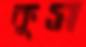
কুস